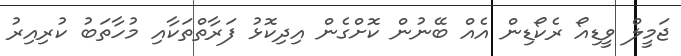
ޖަމީލް ވީޑިއޯ ރެކޯޑިން އެއް ބޭނުން ކޮށްގެން އިދިކޮޅު ފަރާތްތަކާއި މުހާތަބު ކުރިއިރު